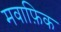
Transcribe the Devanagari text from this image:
मवाफ़िक